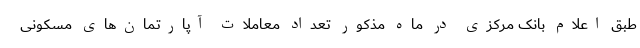
طبق اعلام بانک مرکزی در ماه مذکور تعداد معاملات آپارتمان‌های مسکونی